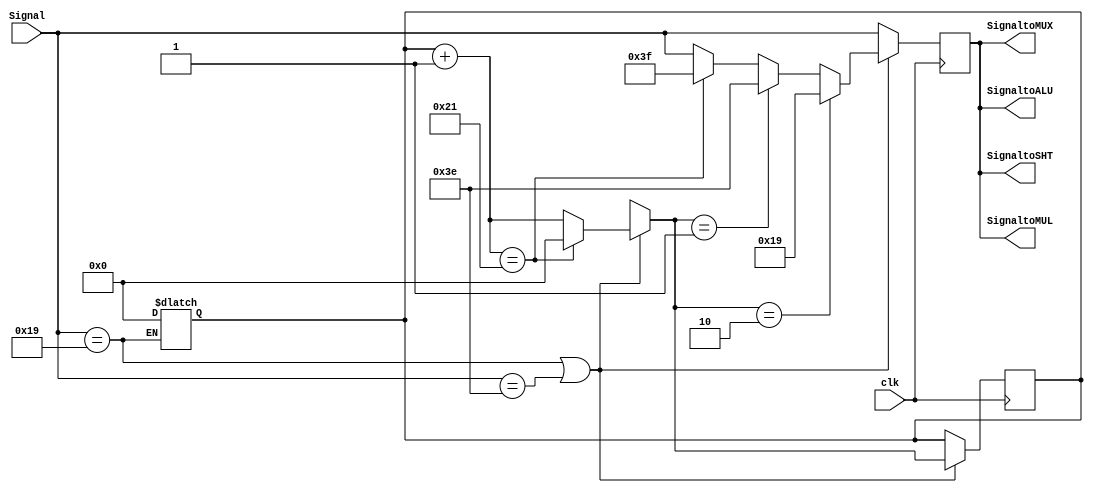
`timescale 1ns/1ns
module ALUControl( clk, Signal, SignaltoALU, SignaltoSHT, SignaltoMUL, SignaltoMUX );
input clk ;
input [5:0] Signal ;
output [5:0] SignaltoALU ;
output [5:0] SignaltoSHT ;
output [5:0] SignaltoMUL ;
output [5:0] SignaltoMUX ;

reg [5:0] temp ;
reg [6:0] counter ;

parameter AND = 6'b100100; // 36
parameter OR  = 6'b100101; // 37
parameter ADD = 6'b100000; // 32
parameter SUB = 6'b100010; // 34
parameter SLT = 6'b101010; // 42

parameter MULTU= 6'b011001; // 25, 
parameter FIRST = 6'b111110;

parameter SLL = 6'b000000; // 0, 

parameter MFHI= 6'b010000;
parameter MFLO= 6'b010010;

always@( Signal ) // signal
begin
  if ( Signal == MULTU )
  begin
    counter = 0 ;
  end
end

always@( posedge clk )
begin
  temp = Signal ;
  if ( Signal == MULTU || Signal == FIRST )
  begin
    counter = counter + 1 ;
    if ( counter == 33 )
    begin
      temp = 6'b111111 ; // Open HiLo reg for MULTU
      counter = 0 ;
    end
	if ( counter == 1 )
		temp = 6'b111110; // dataBLo
	if ( counter == 2 )
		temp = 6'b011001; // Signal
  end
/*
32clkHiLo
*/
end

assign SignaltoALU = temp ;
assign SignaltoSHT = temp ;
assign SignaltoMUL = temp ;
assign SignaltoMUX = temp ;


endmodule